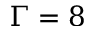
\Gamma = 8